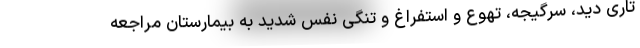
تاری دید، سرگیجه، تهوع و استفراغ و تنگی نفس شدید به بیمارستان مراجعه